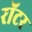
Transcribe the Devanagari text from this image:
रॉटर